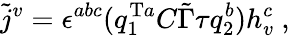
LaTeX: \tilde{j}^{v}=\epsilon^{abc}(q_{1}^{\mathrm{T}a}C\tilde{\Gamma}\tau q_{2}^{b})h_{v}^{c}~,